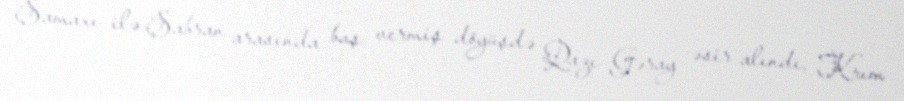
Şamaxı ilə Şabran arasında baş vermiş döyüşdə Qazı Gəray əsir alındı, Krım